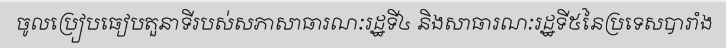
ចូលប្រៀបធៀបតួនាទីរបស់សភាសាធារណៈរដ្ឋទី៤ និងសាធារណៈរដ្ឋទី៥នៃប្រទេសបារាំង